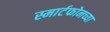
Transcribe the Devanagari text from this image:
स्मार्टफोनच्या